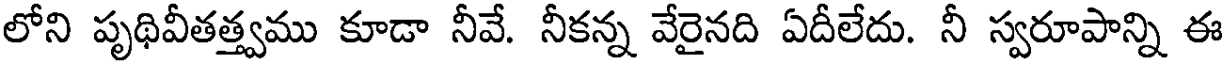
లోని పృథివీతత్త్వము కూడా నీవే. నీకన్న వేరైనది ఏదీలేదు. నీ స్వరూపాన్ని ఈ